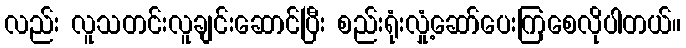
လည်း လူသတင်းလူချင်းဆောင်ပြီး စည်းရုံးလှုံ့ဆော်ပေးကြစေလိုပါတယ်။